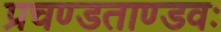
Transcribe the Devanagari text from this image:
प्रचण्डताण्डवः